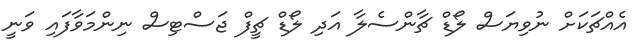
އެއްޗަަކަށް ނުވިޔަސް ލޯޑް ޗާންސެލާ އަދި ލޯޑް ޗީފް ޖަސްޓިސް ނިންމަވާފައި ވަނީ